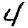
Digit: 4